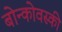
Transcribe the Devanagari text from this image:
बोन्कोवस्की